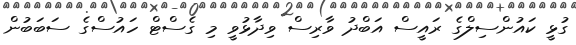
ގުޅީ ކައުންސިލްގެ ރައީސް އަބްދު ވާރިސް ވިދާޅުވީ މި ގެސްޓް ހައުސްގެ ސަބަބުން